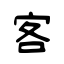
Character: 客